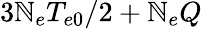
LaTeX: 3\mathbb{N}_{e}T_{e0}/2+\mathbb{N}_{e}Q